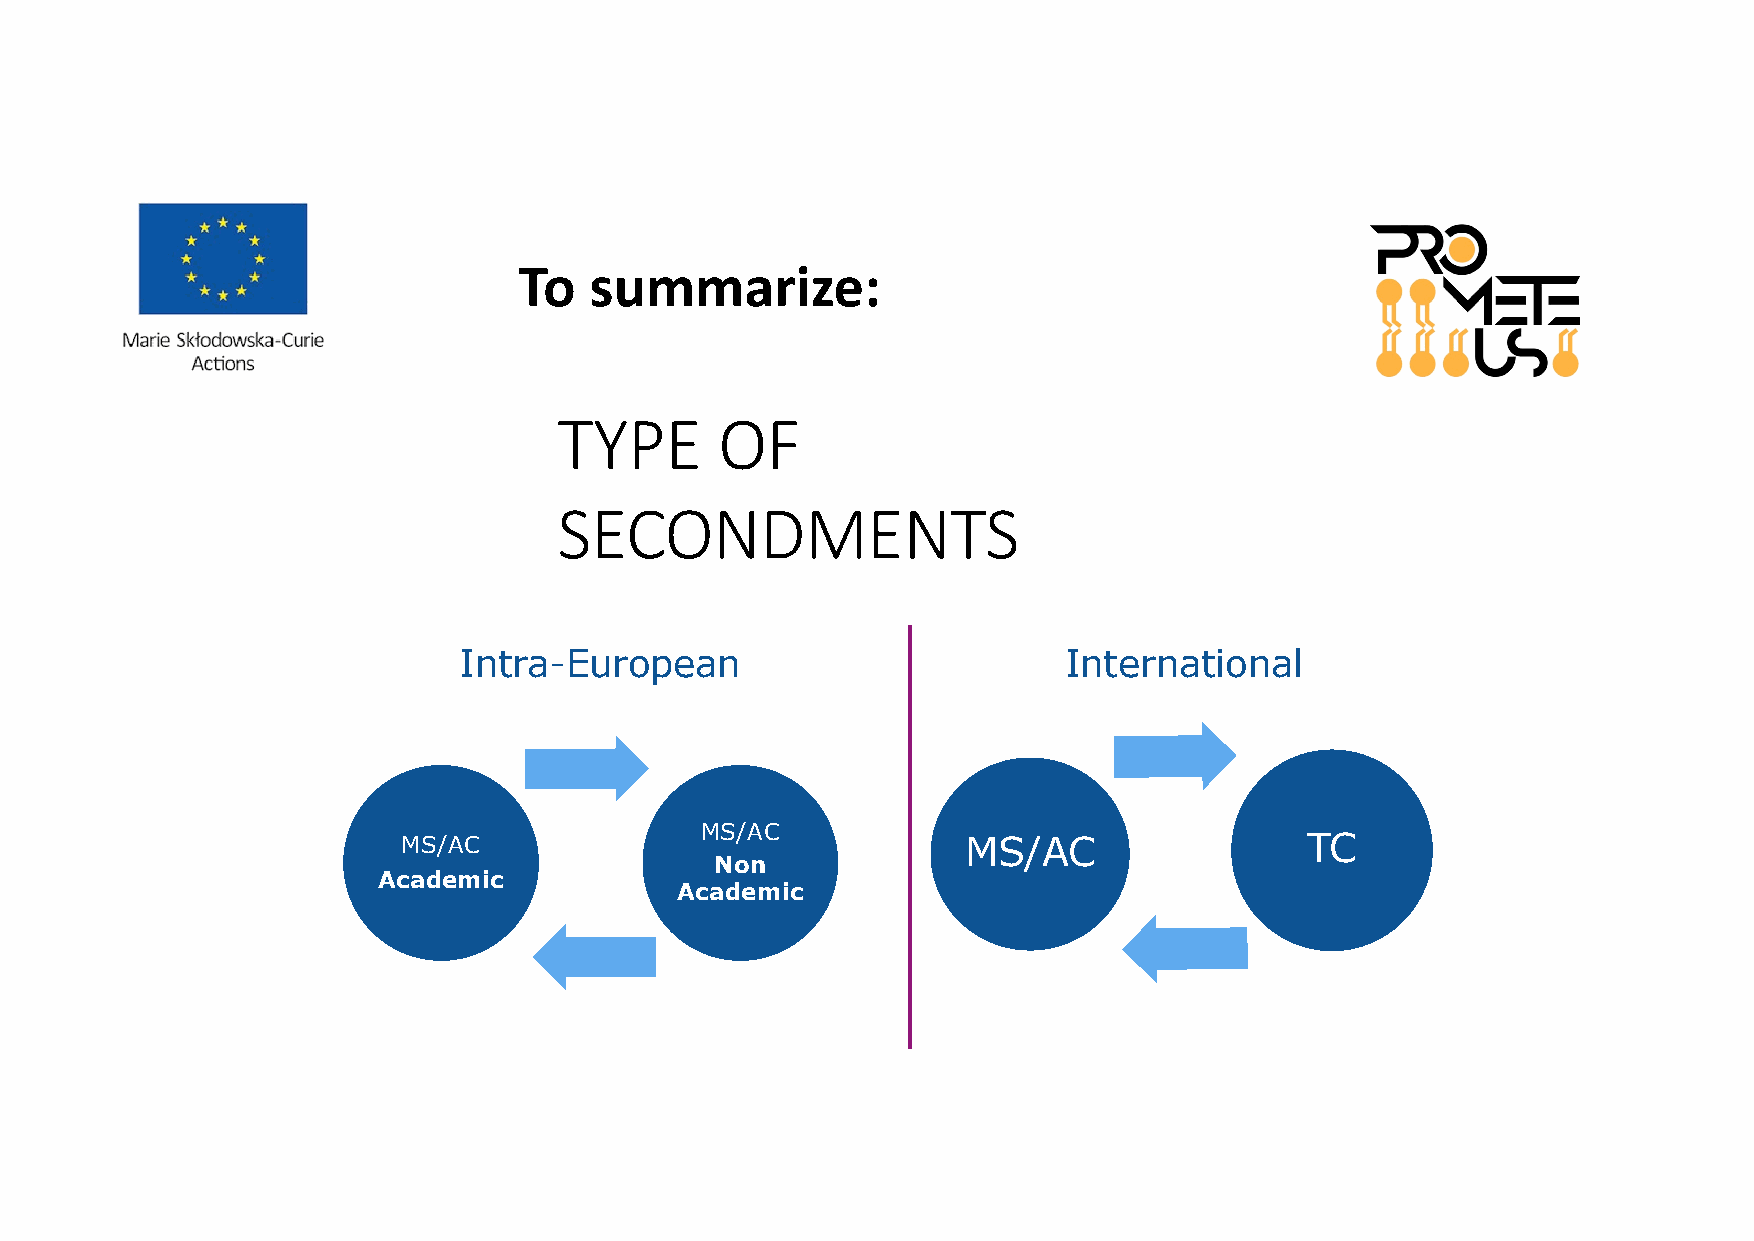
To   summarize:
 TYPE       OF
 SECONDMENTS
 Intra-European                          International
 MS/AC
 MS/AC                                MS/AC                  TC
 Non
 Academic
 Academic